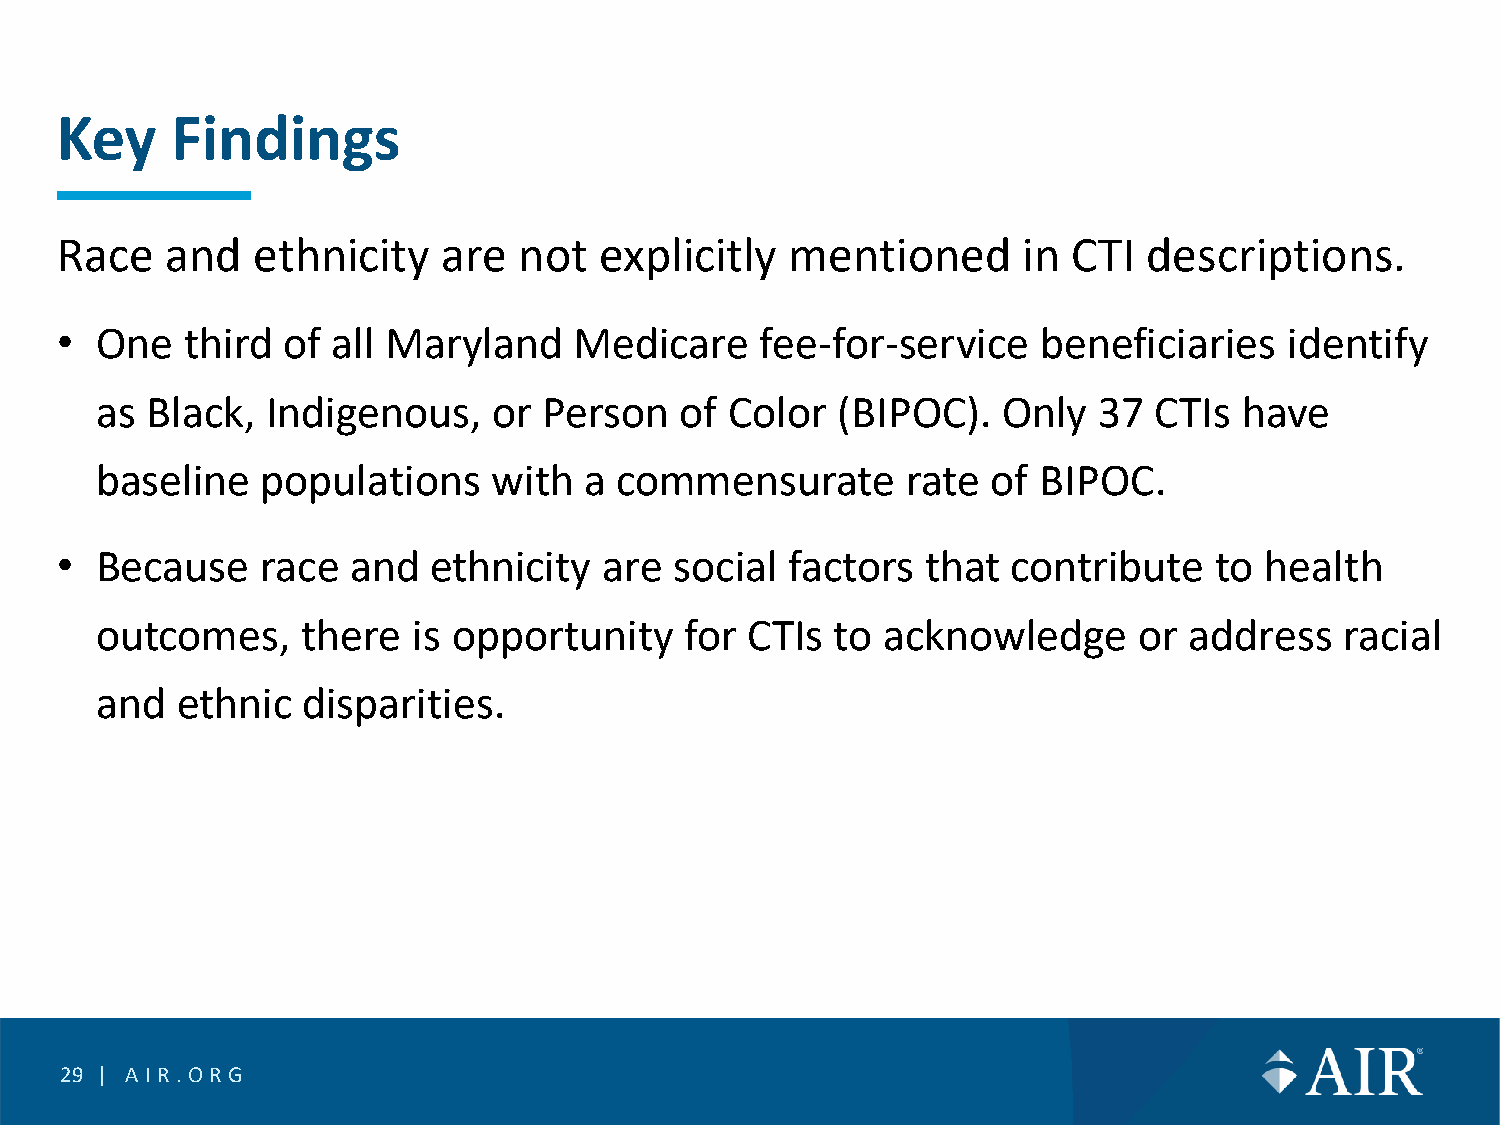
Key    Findings
 Race   and   ethnicity   are  not   explicitly  mentioned       in CTI  descriptions.
 • One   third  of all Maryland    Medicare    fee-for-service    beneficiaries   identify
 as  Black,  Indigenous,    or Person   of Color  (BIPOC).   Only   37 CTIs  have
 baseline   populations     with  a commensurate       rate  of BIPOC.
 • Because    race  and  ethnicity   are  social factors  that  contribute   to  health
 outcomes,     there  is opportunity    for  CTIs to  acknowledge     or  address   racial
 and   ethnic  disparities.
 29 | AIR.O RG